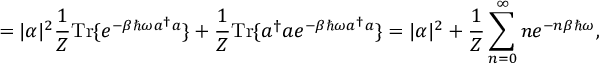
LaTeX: = | \alpha | ^ { 2 } { \frac { 1 } { Z } } { \mathrm { T r } } \{ e ^ { - \beta \hbar \omega a ^ { \dagger } a } \} + { \frac { 1 } { Z } } { \mathrm { T r } } \{ a ^ { \dagger } a e ^ { - \beta \hbar \omega a ^ { \dagger } a } \} = | \alpha | ^ { 2 } + { \frac { 1 } { Z } } \sum _ { n = 0 } ^ { \infty } n e ^ { - n \beta \hbar \omega } ,